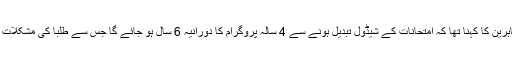
اس موقع پر مظاہرین کا کہنا تھا کہ امتحانات کے شیڈول تبدیل ہونے سے 4 سالہ پروگرام کا دورانیہ 6 سال ہو جائے گا جس سے طلبا کی مشکلات میں اضافہ ہوگا۔